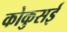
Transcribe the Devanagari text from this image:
कोकुसई